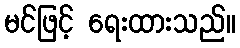
မင်ဖြင့် ရေးထားသည်။